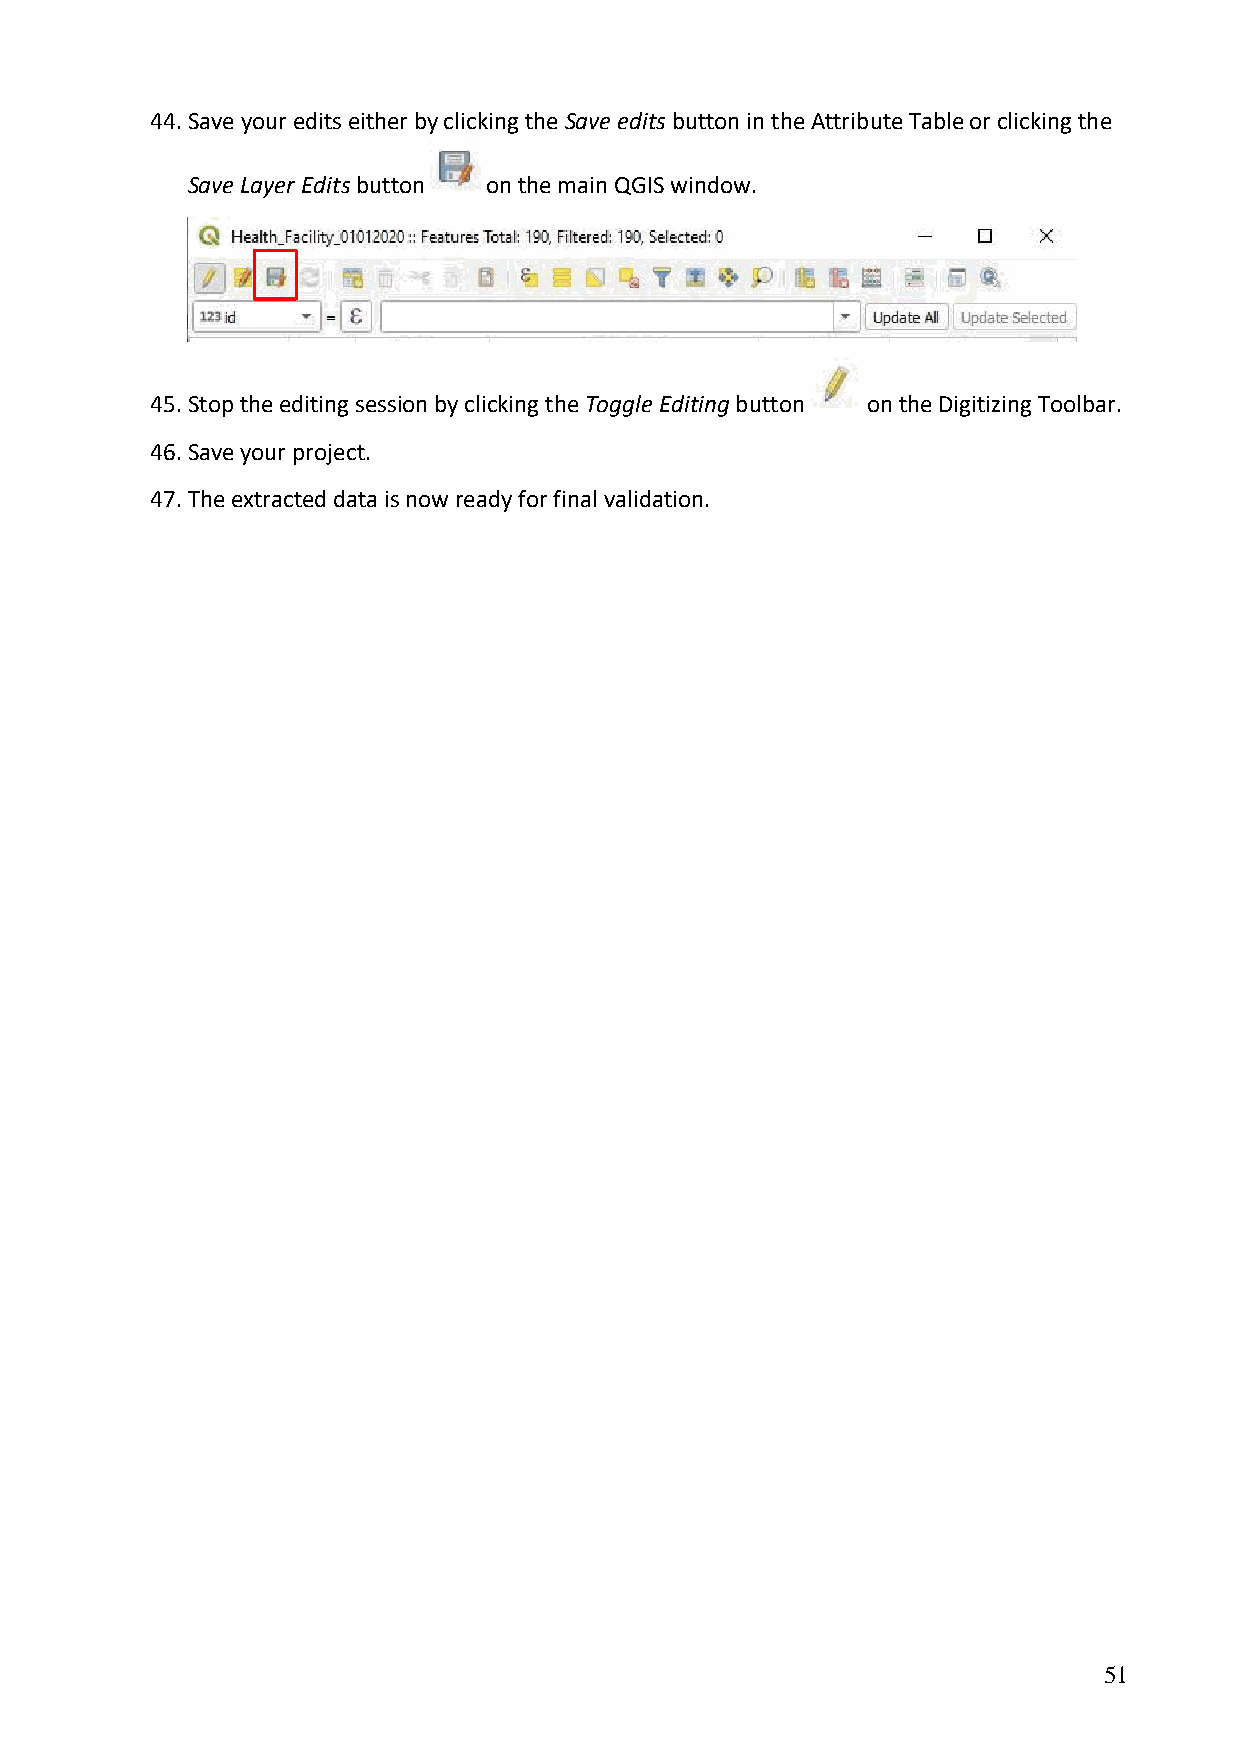
44. Save your edits either by clicking the Save edits button in the Attribute Table or clicking the
 Save Layer Edits button on the main QGIS window.
 45. Stop the editing session by clicking the Toggle Editing button on the Digitizing Toolbar.
 46. Save your project.
 47. The extracted data is now ready for final validation.
 51